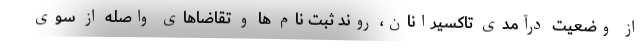
از وضعیت درآمدی تاکسیرانان، روند ثبت نام ها و تقاضاهای واصله از سوی